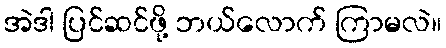
အဲဒါ ပြင်ဆင်ဖို့ ဘယ်လောက် ကြာမလဲ။